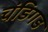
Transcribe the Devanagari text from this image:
चंडिगड